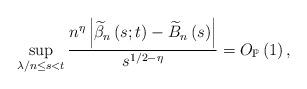
LaTeX: \begin{align*}\sup_{\lambda/n\leq s<t}\frac{n^{\eta}\left\vert \widetilde{\beta}_{n}\left(s;t\right) -\widetilde{B}_{n}\left( s\right) \right\vert }{s^{1/2-\eta}}=O_{\mathbb{P}}\left( 1\right) ,\end{align*}